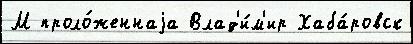
М проло́женнаjа Влад'и́м'ир Хаба́ровск